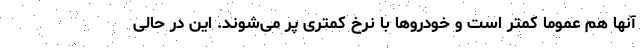
آنها هم عموما کمتر است و خودروها با نرخ کمتری پر می‌شوند. این در حالی